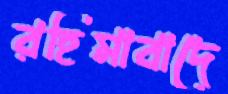
রহিমাবাদে